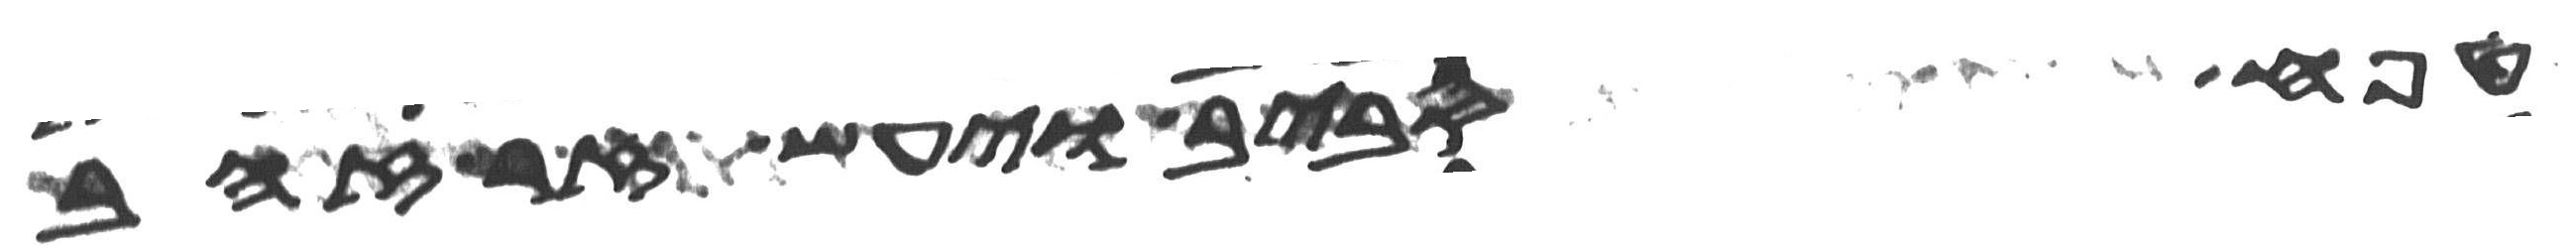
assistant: טפח סביב ויעש זר זהב